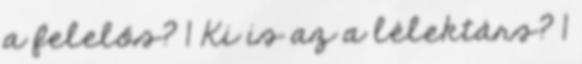
a felelős? 1 Ki is az a lélektárs? 1